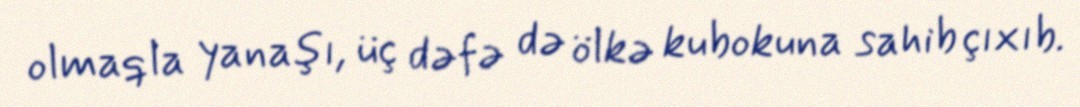
olmaqla yanaşı, üç dəfə də ölkə kubokuna sahib çıxıb.